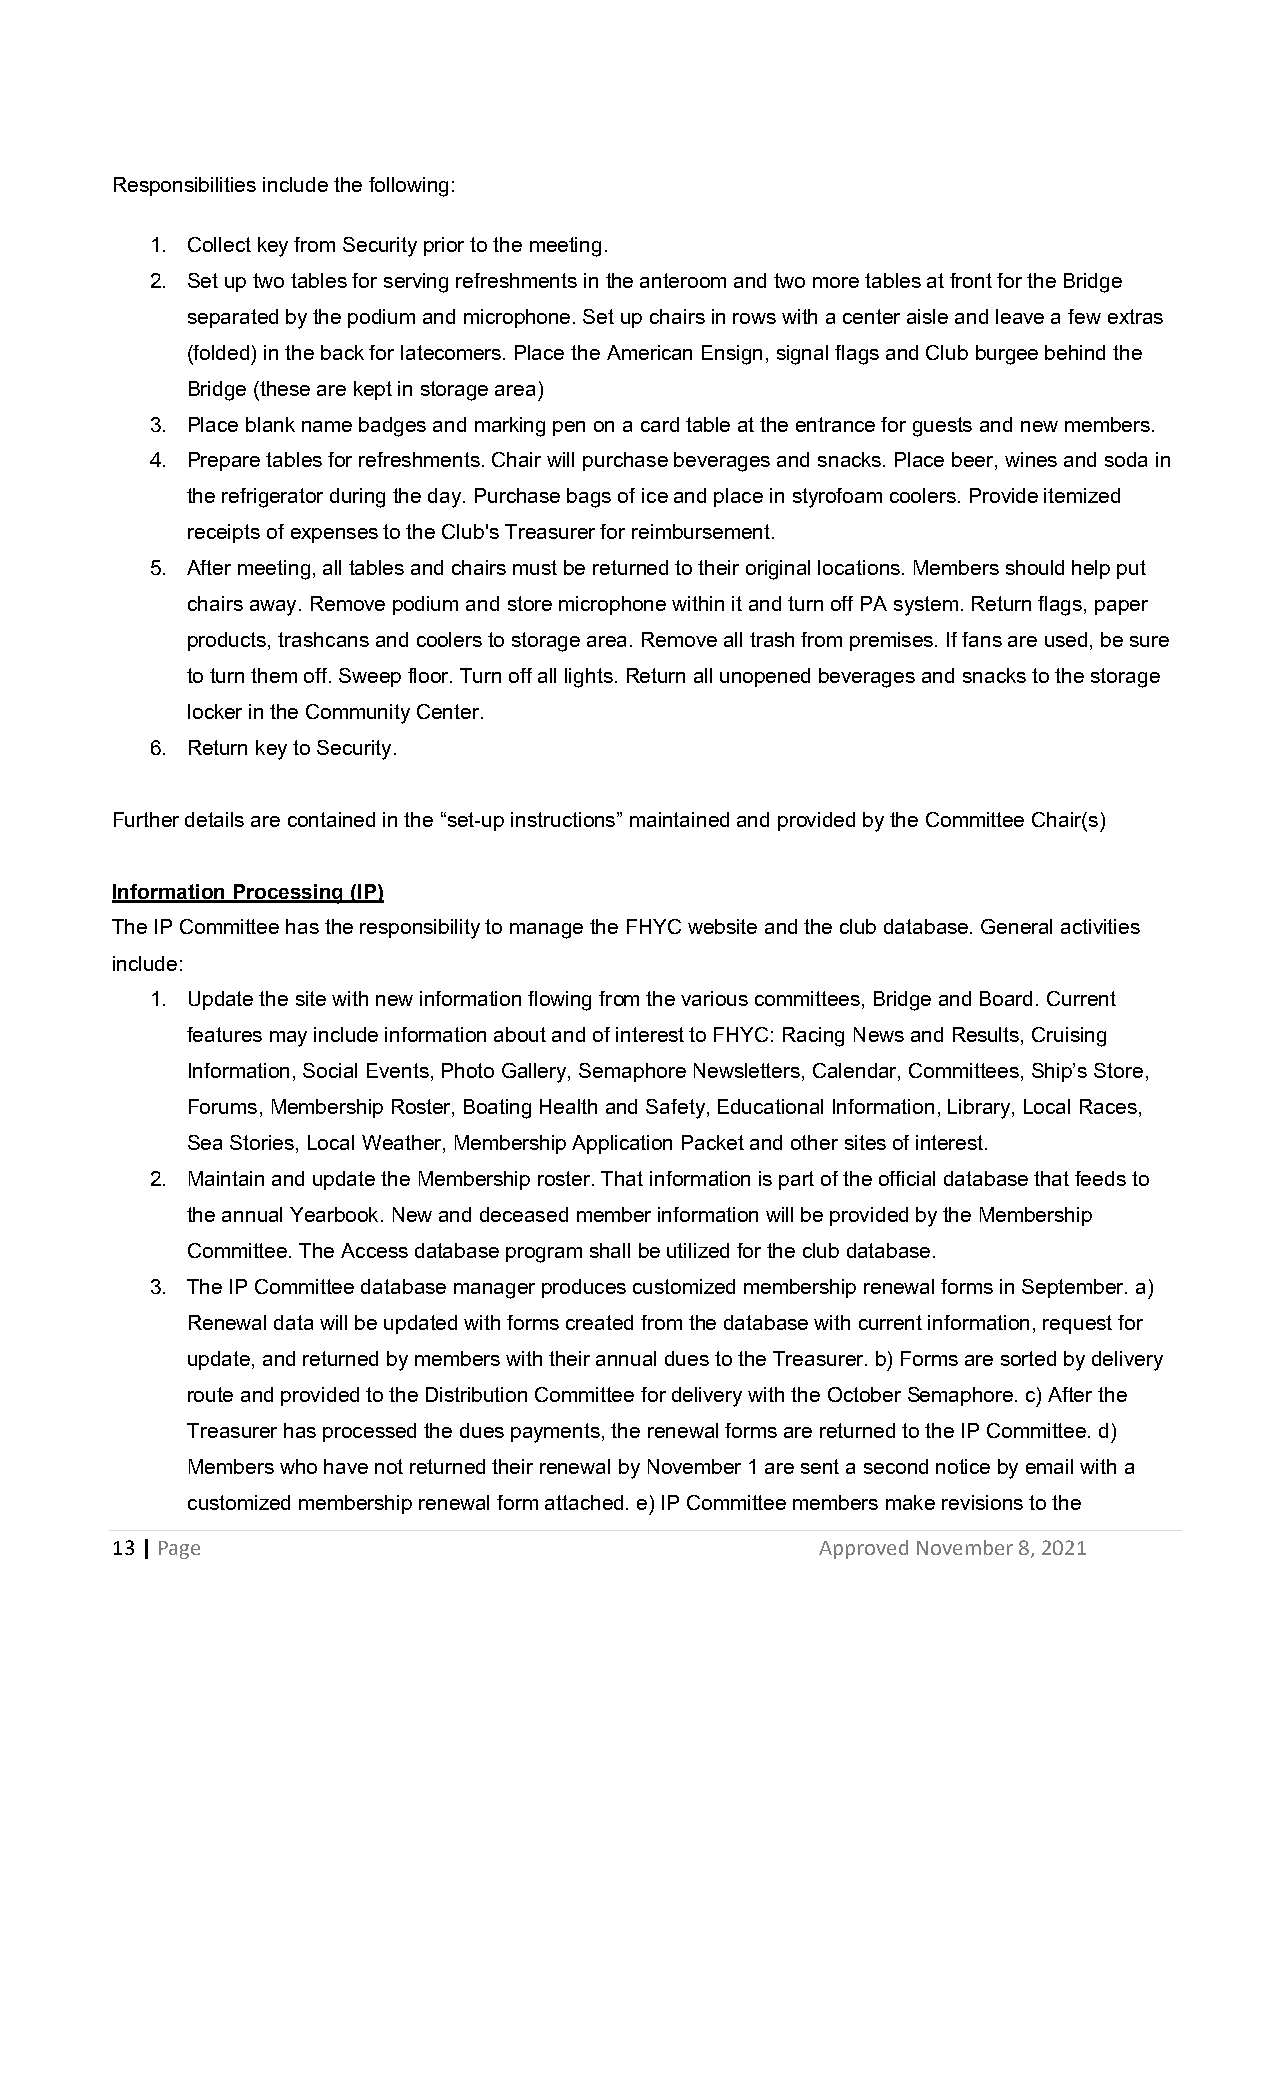
Responsibilities include the following:
 1. Collect key from Security prior to the meeting.
 2. Set up two tables for serving refreshments in the anteroom and two more tables at front for the Bridge
 separated by the podium and microphone. Set up chairs in rows with a center aisle and leave a few extras
 (folded) in the back for latecomers. Place the American Ensign, signal flags and Club burgee behind the
 Bridge (these are kept in storage area)
 3. Place blank name badges and marking pen on a card table at the entrance for guests and new members.
 4. Prepare tables for refreshments. Chair will purchase beverages and snacks. Place beer, wines and soda in
 the refrigerator during the day. Purchase bags of ice and place in styrofoam coolers. Provide itemized
 receipts of expenses to the Club's Treasurer for reimbursement.
 5. After meeting, all tables and chairs must be returned to their original locations. Members should help put
 chairs away. Remove podium and store microphone within it and turn off PA system. Return flags, paper
 products, trashcans and coolers to storage area. Remove all trash from premises. If fans are used, be sure
 to turn them off. Sweep floor. Turn off all lights. Return all unopened beverages and snacks to the storage
 locker in the Community Center.
 6. Return key to Security.
 Further details are contained in the “set-up instructions” maintained and provided by the Committee Chair(s)
 Information Processing (IP)
 The IP Committee has the responsibility to manage the FHYC website and the club database. General activities
 include:
 1. Update the site with new information flowing from the various committees, Bridge and Board. Current
 features may include information about and of interest to FHYC: Racing News and Results, Cruising
 Information, Social Events, Photo Gallery, Semaphore Newsletters, Calendar, Committees, Ship’s Store,
 Forums, Membership Roster, Boating Health and Safety, Educational Information, Library, Local Races,
 Sea Stories, Local Weather, Membership Application Packet and other sites of interest.
 2. Maintain and update the Membership roster. That information is part of the official database that feeds to
 the annual Yearbook. New and deceased member information will be provided by the Membership
 Committee. The Access database program shall be utilized for the club database.
 3. The IP Committee database manager produces customized membership renewal forms in September. a)
 Renewal data will be updated with forms created from the database with current information, request for
 update, and returned by members with their annual dues to the Treasurer. b) Forms are sorted by delivery
 route and provided to the Distribution Committee for delivery with the October Semaphore. c) After the
 Treasurer has processed the dues payments, the renewal forms are returned to the IP Committee. d)
 Members who have not returned their renewal by November 1 are sent a second notice by email with a
 customized membership renewal form attached. e) IP Committee members make revisions to the
 13 | Page                                      Approved November 8, 2021